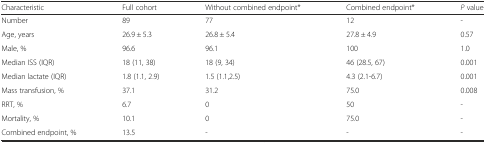
<table><thead><tr><td><b>Characteristic</b></td><td><b>Full cohort</b></td><td><b>Without combined endpoint*</b></td><td><b>Combined endpoint*</b></td><td><b><i>P</i> value</b></td></tr></thead><tbody><tr><td>Number</td><td>89</td><td>77</td><td>12</td><td>-</td></tr><tr><td>Age, years</td><td>26.9 ± 5.3</td><td>26.8 ± 5.4</td><td>27.8 ± 4.9</td><td>0.57</td></tr><tr><td>Male, %</td><td>96.6</td><td>96.1</td><td>100</td><td>1.0</td></tr><tr><td>Median ISS (IQR)</td><td>18 (11, 38)</td><td>18 (9, 34)</td><td>46 (28.5, 67)</td><td>0.001</td></tr><tr><td>Median lactate (IQR)</td><td>1.8 (1.1, 2.9)</td><td>1.5 (1.1,2.5)</td><td>4.3 (2.1-6.7)</td><td>0.001</td></tr><tr><td>Mass transfusion, %</td><td>37.1</td><td>31.2</td><td>75.0</td><td>0.008</td></tr><tr><td>RRT, %</td><td>6.7</td><td>0</td><td>50</td><td>-</td></tr><tr><td>Mortality, %</td><td>10.1</td><td>0</td><td>75.0</td><td>-</td></tr><tr><td>Combined endpoint, %</td><td>13.5</td><td>-</td><td>-</td><td>-</td></tr></tbody></table>